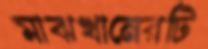
মাঝখানেরটি